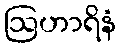
ဩဟာရိနံ